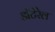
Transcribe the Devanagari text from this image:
डॉटेरेल